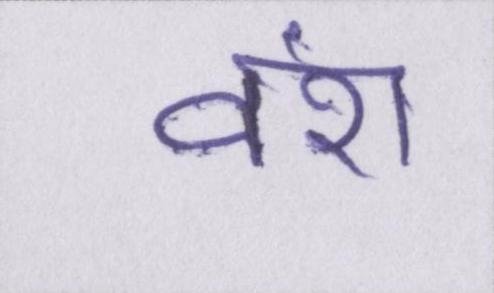
वंश